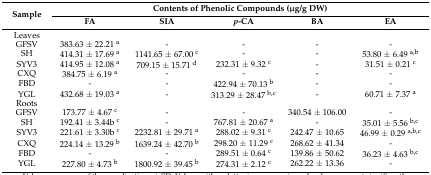
| <ROWSPAN=2> Sample | <COLSPAN=5> Contents of Phenolic Compounds (μg/g DW) |
 | FA | SIA | p-CA | BA | EA |
 | --- | --- | --- | --- | --- | --- |
 | Leaves |  |  |  |  |  |
 | GFSV | 383.63 ± 22.21 a | - | - | - | - |
 | SH | 414.31 ± 17.69 a | 1141.65 ± 67.00 c | - | - | 53.80 ± 6.49 a,b |
 | SYV3 | 414.95 ± 12.08 a | 709.15 ± 15.71 d | 232.31 ± 9.32 c | - | 31.51 ± 0.21 c |
 | CXQ | 384.75 ± 6.19 a | - | - | - | - |
 | FBD | - | - | 422.94 ± 70.13 b | - | - |
 | YGL | 432.68 ± 19.03 a | - | 313.29 ± 28.47 b,c | - | 60.71 ± 7.37 a |
 | Roots |  |  |  |  |  |
 | GFSV | 173.77 ± 4.67 c | - | - | 340.54 ± 106.00 | - |
 | SH | 192.41 ± 3.44b c | - | 767.81 ± 20.67 a | - | 35.01 ± 5.56 b,c |
 | SYV3 | 221.61 ± 3.30b c | 2232.81 ± 29.71 a | 288.02 ± 9.31 c | 242.47 ± 10.65 | 46.99 ± 0.29 a,b,c |
 | CXQ | 224.14 ± 13.29 b | 1639.24 ± 42.70 b | 298.20 ± 11.29 c | 268.62 ± 41.34 | - |
 | FBD | - | - | 289.51 ± 0.64 c | 139.86 ± 50.62 | 36.23 ± 4.63 b,c |
 | YGL | 227.80 ± 4.73 b | 1800.92 ± 39.45 b | 274.31 ± 2.12 c | 262.22 ± 13.36 | - |